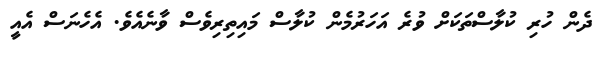
ދެން ހުރި ކުލާސްތަކަށް ވުރެ އަހަރުމެން ކުލާސް މައިތިރިވެސް ވާނެއެވެ. އެހެނަސް އެއީ